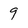
Character: 9